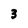
Character: 3